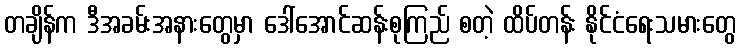
တချိန်က ဒီအခမ်းအနားတွေမှာ ဒေါ်အောင်ဆန်းစုကြည် စတဲ့ ထိပ်တန်း နိုင်ငံရေးသမားတွေ